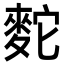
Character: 䴱